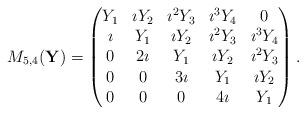
LaTeX: \begin{align*}M_{5,4}(\mathbf{Y}) = \begin{pmatrix}Y_{1} & \imath Y_{2} & \imath^{2}Y_{3} & \imath^{3} Y_{4} & 0 \\\imath & Y_{1} & \imath Y_{2} & \imath^{2} Y_{3} & \imath^{3} Y_{4} \\0 & 2 \imath & Y_{1} & \imath Y_{2} & \imath^{2} Y_{3} \\0 & 0 & 3 \imath & Y_{1} & \imath Y_{2} \\0 & 0 & 0 & 4 \imath & Y_{1} \end{pmatrix}.\end{align*}